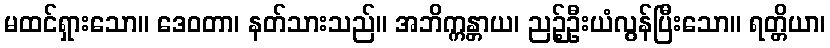
မထင်ရှားသော။ ဒေဝတာ၊ နတ်သားသည်။ အဘိက္ကန္တာယ၊ ညဉ့်ဦးယံလွန်ပြီးသော။ ရတ္တိယာ၊